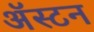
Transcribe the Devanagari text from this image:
अॅस्टन